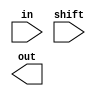
module barrel_shifter(in, shift, out);
input  [7:0] in;
input  [2:0] shift;
output [7:0] out;

/*Write your code here*/
wire [7:0]intermidline[0:2];

/*End of code*/
endmodule